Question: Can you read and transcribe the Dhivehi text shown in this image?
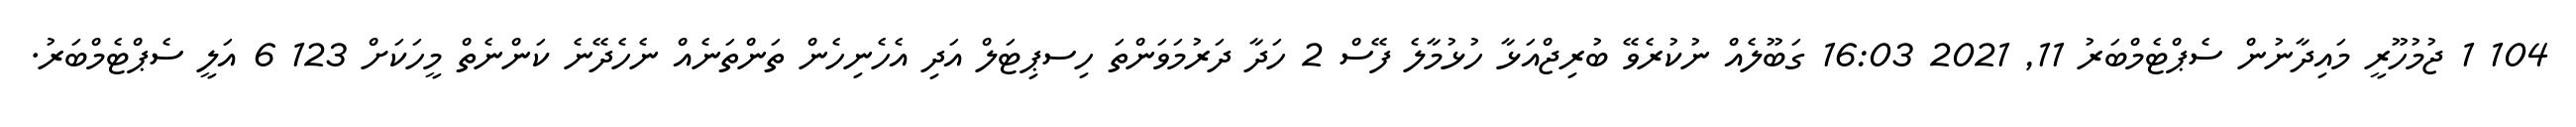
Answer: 104 1 ޖުމުހޫރީ މައިދާނުން ސެޕްޓެމްބަރު 11, 2021 16:03 ގަބޫލެއް ނުކުރެވޭ ބުރިޖްއަޅާ ހުޅުމާލެ ފޭސް 2 ހަދާ ދަރުމަވަންތަ ހިސޕިޓަލް އަދި އެހެނިހެން ތަންތަނެއް ނެހެދޭނެ ކަންނެތް މީހަކަށް 123 6 އަލީ ސެޕްޓެމްބަރު.